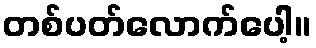
တစ်ပတ်လောက်ပေါ့။